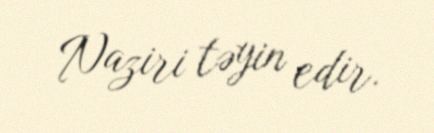
Naziri təyin edir.